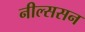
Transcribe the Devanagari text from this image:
नील्ससन